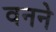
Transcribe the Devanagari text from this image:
वनने